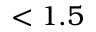
< 1 . 5